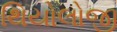
થિયોલોજી